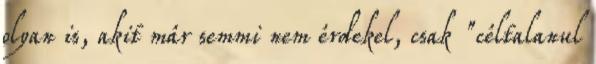
olyan is, akit már semmi nem érdekel, csak "céltalanul